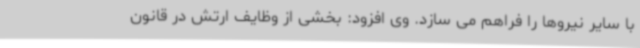
با سایر نیروها را فراهم می سازد. وی افزود: بخشی از وظایف ارتش در قانون